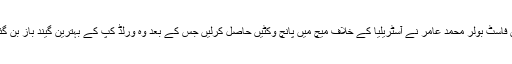
پاکستان فاسٹ بولر محمد عامر نے آسٹریلیا کے خلاف میچ میں پانچ وکٹیں حاصل کرلیں جس کے بعد وہ ورلڈ کپ کے بہترین گیند باز بن گئے ہیں۔